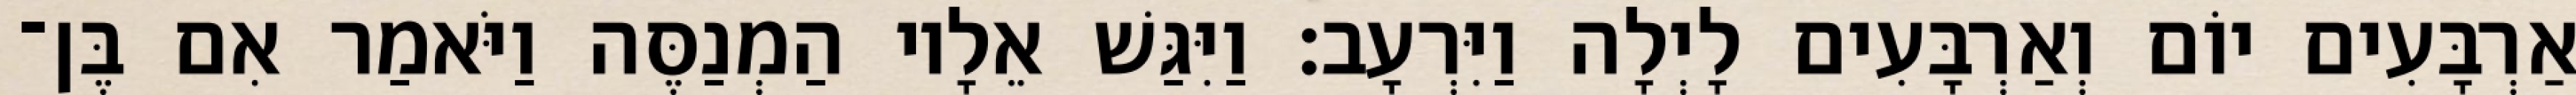
אַרְבָּעִים יוֹם וְאַרְבָּעִים לָיְלָה וַיִּרְעָב׃ וַיִּגַּשׁ אֵלָיו הַמְנַסֶּה וַיֹּאמַר אִם בֶּן־